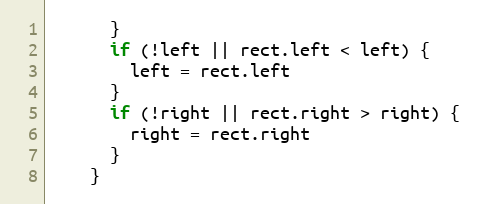
Language: JavaScript
      }
      if (!left || rect.left < left) {
        left = rect.left
      }
      if (!right || rect.right > right) {
        right = rect.right
      }
    }